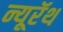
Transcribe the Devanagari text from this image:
न्यूरॅथ